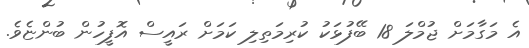
އެ މަގާމަށް ޖުމްލަ 18 ބޭފުޅަކު ކުރިމަތިލި ކަމަށް ރައީސް އޮފީހުން ބުންޏެވެ.